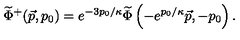
{ \widetilde { \Phi } } ^ { + } ( \vec { p } , p _ { 0 } ) = e ^ { - { 3 p _ { 0 } / \kappa } } { \widetilde { \Phi } } \left( - e ^ { p _ { 0 } / \kappa } \vec { p } , - p _ { 0 } \right) .